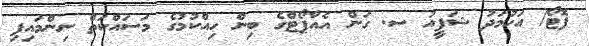
ފޮޓޯ/ އަހުމަދު ޝަފީއު ސ. ގަން އެއާޕޯޓްގެ ބިން ހިއްކުމުގެ މަސައްކަތް ނިންމައިފި